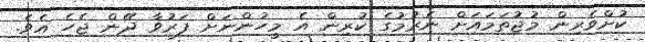
ކުށްވެރިން މުޖުތަމައަށް ނެރުމުގެ ކުރިން އެ މީހުންނަށް ފަރުވާ ދޭން ޖެހެ އެވެ.